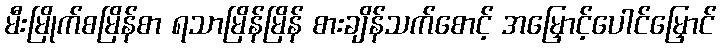
မီးမြိုက်စမြိန်စာ ရသာမြိန်မြိန် စားချိန်သက်စောင့် အမြှောင့်ပေါင်မြှောင်